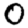
Digit: 0